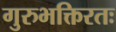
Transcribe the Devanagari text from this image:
गुरुभक्तिरतः